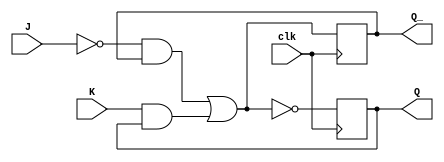
module jk_flip_flop(
    input J, K, clk,
    output reg Q, Q_
);

// master stage
wire Q_int;
assign Q_int = (!J & Q_) | (K & Q);

// slave stage
always @(posedge clk) begin
    Q_ <= Q_int;
    Q <= !Q_int;
end

endmodule